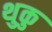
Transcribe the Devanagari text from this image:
थुकु